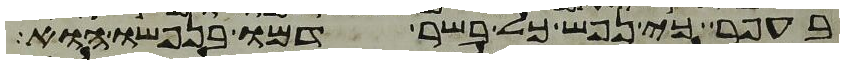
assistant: בעפר כי נפש כל בשר דמו בנפשו הוא